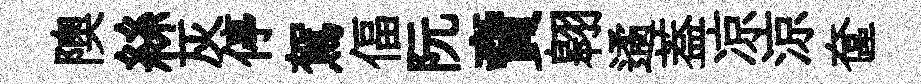
隩絲灰停駕偪阮𧶠翱遹葢凉涼奩